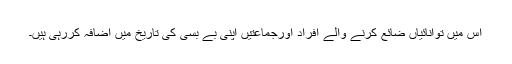
اس میں توانائیاں ضائع کرنے والے افراد اورجماعتیں اپنی بے بسی کی تاریخ میں اضافہ کررہی ہیں۔